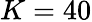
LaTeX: K=40